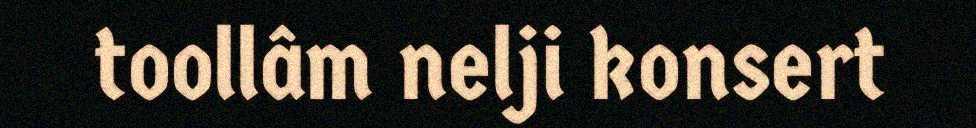
toollâm nelji konsert